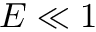
E \ll 1